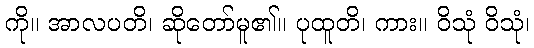
ကို။ အာလပတိ၊ ဆိုတော်မူ၏။ ပုထူတိ၊ ကား။ ဝိသုံ ဝိသုံ၊